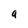
Character: a